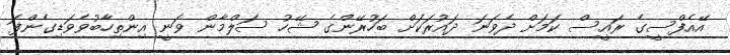
އޭއެފްސީގެ ރައީސް ކަމަށް ދެވަނަ ދައުރަކަށް ބަހުރޭންގެ ޝޭހު ސަލްމާން ވަނީ އިންތިހާބުވެވަޑިގެންފަ